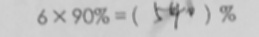
6 \times 9 0 \% = ( 5 4 0 ) \%